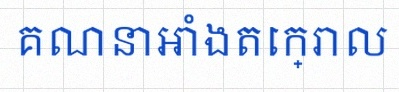
គណនាអាំងតេក្រាល